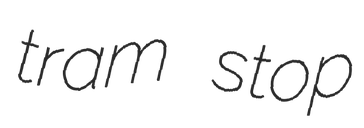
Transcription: tram stop